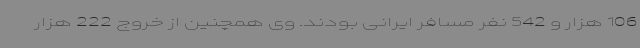
106 هزار و 542 نفر مسافر ایرانی بودند. وی همچنین از خروج 222 هزار